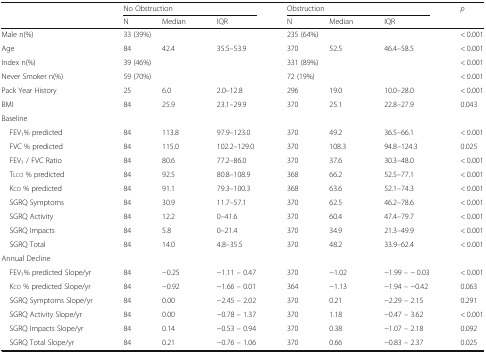
<table><thead><tr><td rowspan="2"></td><td colspan="3"><b>No Obstruction</b></td><td colspan="3"><b>Obstruction</b></td><td rowspan="2"><b><i>p</i></b></td></tr><tr><td><b>N</b></td><td><b>Median</b></td><td><b>IQR</b></td><td><b>N</b></td><td><b>Median</b></td><td><b>IQR</b></td></tr></thead><tbody><tr><td>Male n(%)</td><td colspan="3">33 (39%)</td><td colspan="3">235 (64%)</td><td>&lt; 0.001</td></tr><tr><td>Age</td><td>84</td><td>42.4</td><td>35.5–53.9</td><td>370</td><td>52.5</td><td>46.4–58.5</td><td>&lt; 0.001</td></tr><tr><td>Index n(%)</td><td colspan="3">39 (46%)</td><td colspan="3">331 (89%)</td><td>&lt; 0.001</td></tr><tr><td>Never Smoker n(%)</td><td colspan="3">59 (70%)</td><td colspan="3">72 (19%)</td><td>&lt; 0.001</td></tr><tr><td>Pack Year History</td><td>25</td><td>6.0</td><td>2.0–12.8</td><td>296</td><td>19.0</td><td>10.0–28.0</td><td>&lt; 0.001</td></tr><tr><td>BMI</td><td>84</td><td>25.9</td><td>23.1–29.9</td><td>370</td><td>25.1</td><td>22.8–27.9</td><td>0.043</td></tr><tr><td colspan="8">Baseline</td></tr><tr><td> FEV<sub>1</sub>% predicted</td><td>84</td><td>113.8</td><td>97.9–123.0</td><td>370</td><td>49.2</td><td>36.5–66.1</td><td>&lt; 0.001</td></tr><tr><td> FVC % predicted</td><td>84</td><td>115.0</td><td>102.2–129.0</td><td>370</td><td>108.3</td><td>94.8–124.3</td><td>0.025</td></tr><tr><td> FEV<sub>1</sub> / FVC Ratio</td><td>84</td><td>80.6</td><td>77.2–86.0</td><td>370</td><td>37.6</td><td>30.3–48.0</td><td>&lt; 0.001</td></tr><tr><td> Tlco % predicted</td><td>84</td><td>92.5</td><td>80.8–108.9</td><td>368</td><td>66.2</td><td>52.5–77.1</td><td>&lt; 0.001</td></tr><tr><td> Kco % predicted</td><td>84</td><td>91.1</td><td>79.3–100.3</td><td>368</td><td>63.6</td><td>52.1–74.3</td><td>&lt; 0.001</td></tr><tr><td> SGRQ Symptoms</td><td>84</td><td>30.9</td><td>11.7–57.1</td><td>370</td><td>62.5</td><td>46.2–78.6</td><td>&lt; 0.001</td></tr><tr><td> SGRQ Activity</td><td>84</td><td>12.2</td><td>0–41.6</td><td>370</td><td>60.4</td><td>47.4–79.7</td><td>&lt; 0.001</td></tr><tr><td> SGRQ Impacts</td><td>84</td><td>5.8</td><td>0–21.4</td><td>370</td><td>34.9</td><td>21.3–49.9</td><td>&lt; 0.001</td></tr><tr><td> SGRQ Total</td><td>84</td><td>14.0</td><td>4.8–35.5</td><td>370</td><td>48.2</td><td>33.9–62.4</td><td>&lt; 0.001</td></tr><tr><td colspan="8">Annual Decline</td></tr><tr><td> FEV<sub>1</sub>% predicted Slope/yr</td><td>84</td><td>−0.25</td><td>−1.11 – 0.47</td><td>370</td><td>−1.02</td><td>−1.99 – − 0.03</td><td>&lt; 0.001</td></tr><tr><td> Kco % predicted Slope/yr</td><td>84</td><td>−0.92</td><td>−1.66 – 0.01</td><td>364</td><td>−1.13</td><td>−1.94 – −0.42</td><td>0.063</td></tr><tr><td> SGRQ Symptoms Slope/yr</td><td>84</td><td>0.00</td><td>−2.45 – 2.02</td><td>370</td><td>0.21</td><td>−2.29 – 2.15</td><td>0.291</td></tr><tr><td> SGRQ Activity Slope/yr</td><td>84</td><td>0.00</td><td>−0.78 – 1.37</td><td>370</td><td>1.18</td><td>−0.47 – 3.62</td><td>&lt; 0.001</td></tr><tr><td> SGRQ Impacts Slope/yr</td><td>84</td><td>0.14</td><td>−0.53 – 0.94</td><td>370</td><td>0.38</td><td>−1.07 – 2.18</td><td>0.092</td></tr><tr><td> SGRQ Total Slope/yr</td><td>84</td><td>0.21</td><td>−0.76 – 1.06</td><td>370</td><td>0.66</td><td>−0.83 – 2.37</td><td>0.025</td></tr></tbody></table>